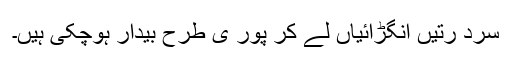
سرد رُتیں انگڑائیاں لے کر پور ی طرح بیدار ہوچکی ہیں۔